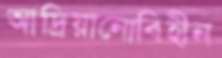
আদ্রিয়ানোবিহীন